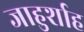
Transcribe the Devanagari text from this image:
जाहुर्शाह